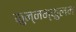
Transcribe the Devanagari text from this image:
कुन्नम्कुलम